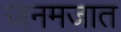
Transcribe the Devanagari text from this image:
जनमजात